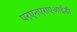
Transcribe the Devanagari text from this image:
परएनएसएआईडी